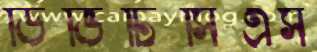
ডিভিটিসিএস